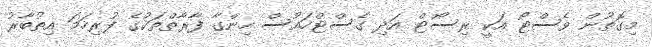
މިގޮތުން ވެސްޓޯ އަކީ ރިސޯޓް އަދި ގެސްޓްހައުސް ހިންގާ ފާރާތްތަކުގެ ފުރިހަމަ އިތުބާރު